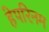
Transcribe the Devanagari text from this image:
हेपरिनम